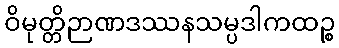
ဝိမုတ္တိဉာဏဒဿနသမ္ပဒါကထဉ္စ